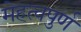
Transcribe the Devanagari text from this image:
मेहत्वपुर्ण